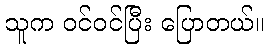
သူက ဝင်ဝင်ပြီး ပြောတယ်။